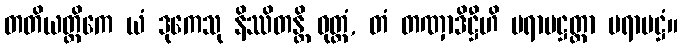
တတိယတ္တိကေ ယံ ဒုကေသု နိဿိတန္တိ ဝုတ္တံ, တံ တဏှာဒိဋ္ဌီဟိ ပရာမဋ္ဌတ္တာ ပရာမဋ္ဌံ။